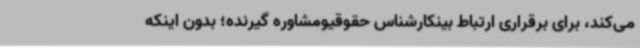
می‌کند، برای برقراری ارتباط بینکارشناس حقوقیومشاوره گیرنده؛ بدون اینکه